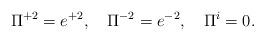
LaTeX: \begin{align*}\Pi^{+2}=e^{+2},\quad\Pi^{-2}=e^{-2},\quad\Pi^i=0.\end{align*}